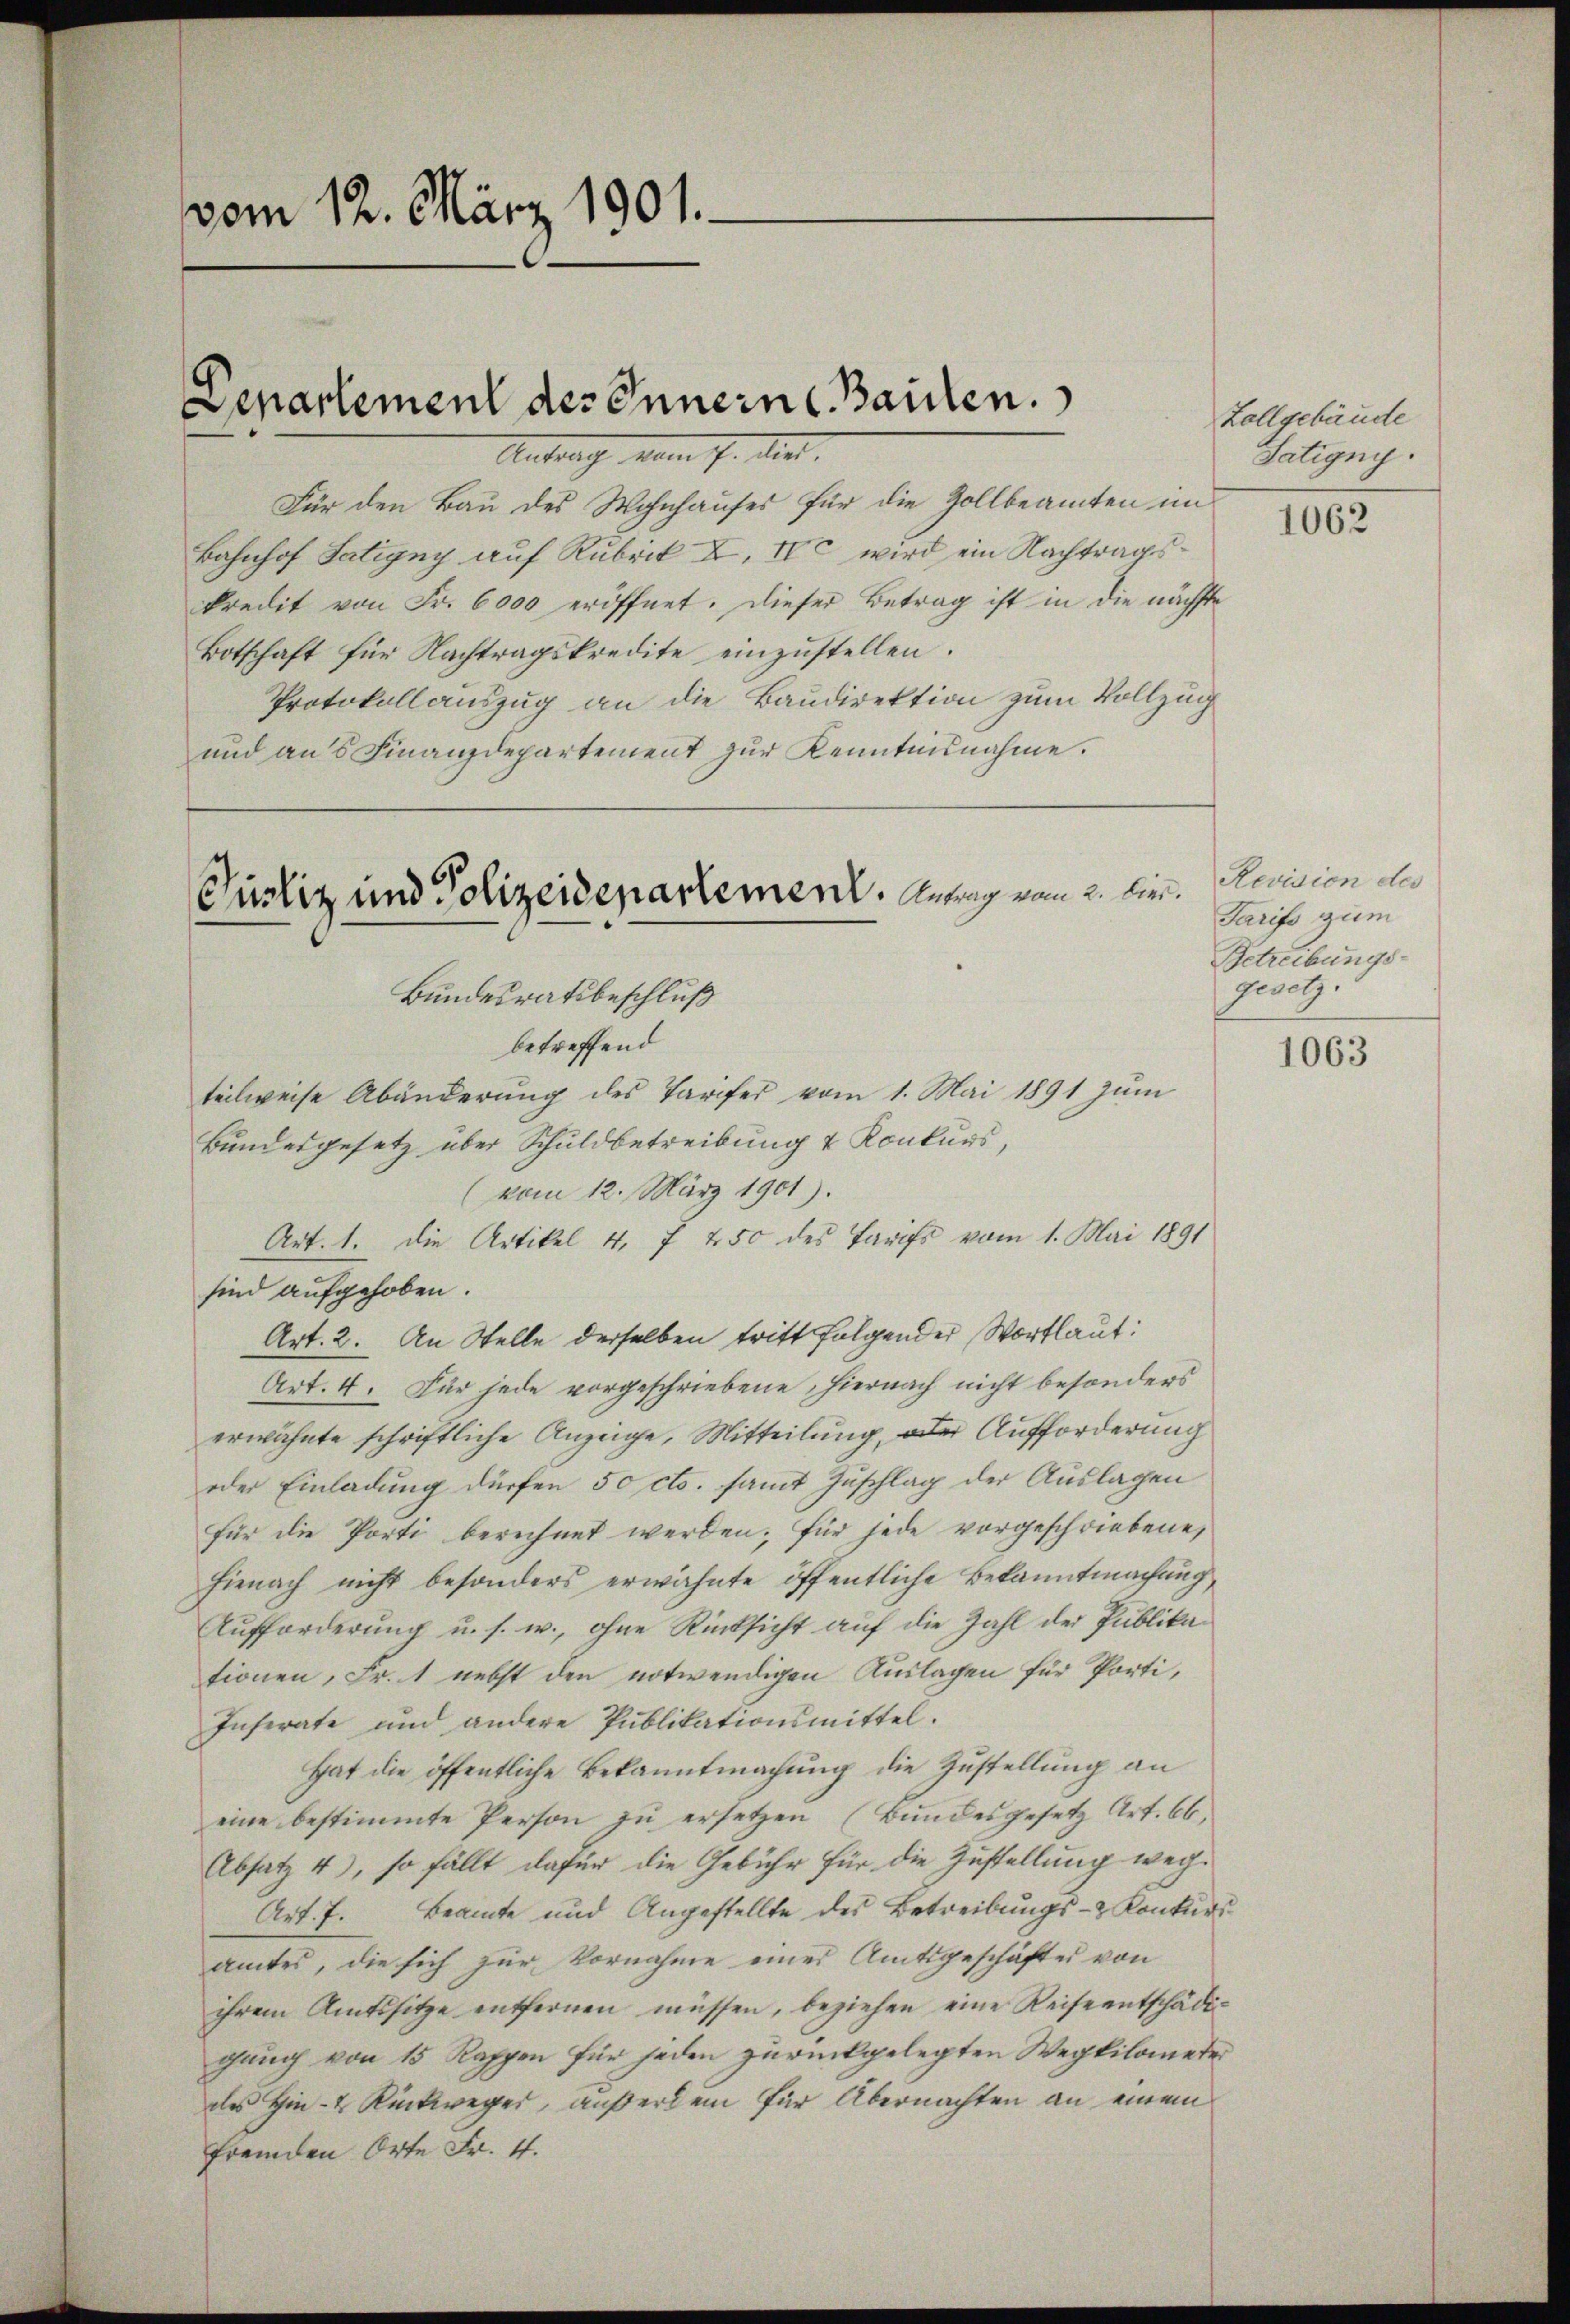
vom 12. März 1901.

Departement des Innern Baulen.

Antrag vom 7. die
Für den Bau des Wohnhauses für die Zollbeamten im
Bahnhof Satigny auf Rubrik X, c wird ein Nachtragskredit von Fr. 6000 eröffnet. Dieser Betrag ist in die nächste
Botschaft für Nachtragskredite einzustellen.
Protokollauszug an die Baudirektion zum Vollzug
und aus Finanzdepartement zur Kenntnisnahme.

Justiz und Polizeidepartement. Antrag vom 2. bei.

Bundesratsbeschluß
betreffend
teilweise Abänderung des Tarifer vom 1. Mai 1891 zum
Bundesgesetz über Schuldbetreibung & Konkurs,
(vom 12. März 1901).
Art. 1. Die Artikel 4, 7 450 des Tarifs vom 1. Mai 1891
sind aufgehoben.
Art. 2. An Stelle derselben tritt folgender Wortlaut:
Art. 4. Für jede vorgeschriebene, hiernach nicht besonders
erwähnte schriftliche Anzeige, Mitteilung, oder Aufforderung
oder Einladung dürfen 50 cts. samt Zuschlag der Auslagen
für die Porti berechnet werden; für jede vorgeschriebene,
hienach nicht besonders erwähnte öffentliche Bekanntmachung,
Aufforderung u. s. w., ohne Rücksicht auf die Zahl der Publikationen, Fr. 1 nebst den notwendigen Auslagen für Porti,
Inserate und andere Publikationsmittel.
hat die öffentliche Bekanntmachung die Zustellung an
eine bestimmte Person zŭ ersetzen (Bundesgesetz Art. 66.
Absatz 4), so fällt dafür die Gebühr für die Zustellung weg¬
Art. 7. Beamte und Angestellte des Betreibungs- & Konkurs
amtes, die sich zur Vornahme eines Amtsgeschäftes von
ihrem Amtssitze entfernen müssen, beziehen eine Reise entschädigung von 15 Rappen für jeden zurückgelegten Wegkilometer
des Hin- & Rückweger, außerdem für Übernachten an einem
fremden Orte Fr. 4.

Zollgebäude
Satigny.

s

1062

Revision des
Tarifs zum
Betreibungs-
gesetz.

1063